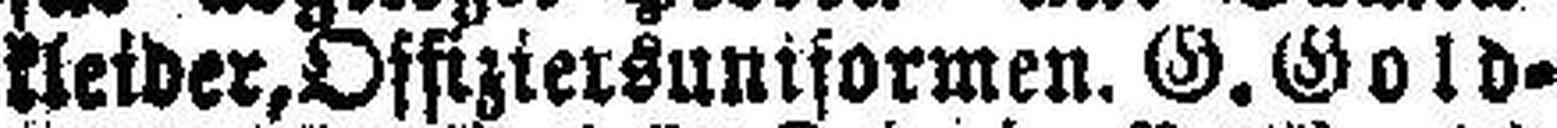
kleider, Offiziersuniformen. G. Gold¬